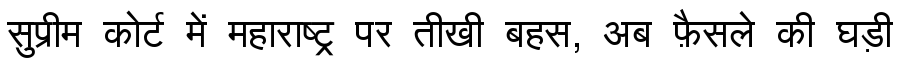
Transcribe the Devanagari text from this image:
सुप्रीम कोर्ट में महाराष्ट्र पर तीखी बहस, अब फ़ैसले की घड़ी